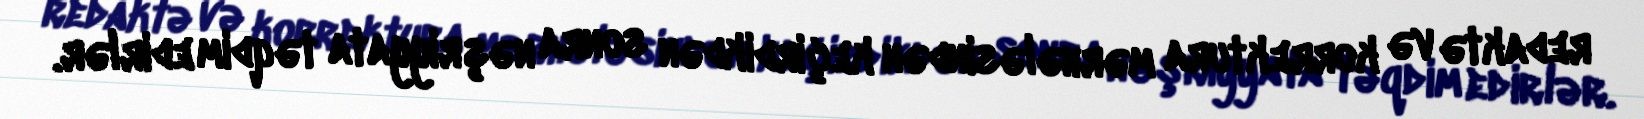
redaktə və korrektura mərhələsindən keçirdikdən sonra nəşriyyata təqdim edirlər.